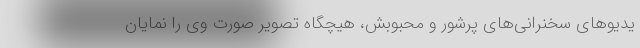
یدیوهای سخنرانی‌های پرشور و محبوبش، هیچگاه تصویر صورت وی را نمایان